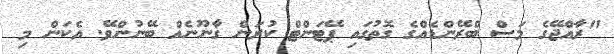
"ރާއްޖޭގެ މަސް ބްރޭންޑެއްގެ ގޮތުގައި ޕޭޓަންޓް ކުރަން ގާނޫނެއް ބޭނުންވޭ. އެކަން މި